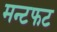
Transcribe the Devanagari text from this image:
मन्टफट